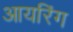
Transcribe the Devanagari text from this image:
आयरिंग